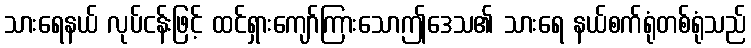
သားရေနယ် လုပ်ငန်းဖြင့် ထင်ရှားကျော်ကြားသောဤဒေသ၏ သားရေ နယ်စက်ရုံတစ်ရုံသည်